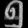
Digit: ၅